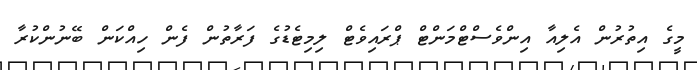
މީގެ އިތުރުން އެލިއާ އިންވެސްޓްމަންޓް ޕްރައިވެޓް ލިމިޓެޑުގެ ފަރާތުން ފެން ހިއްކަން ބޭނުންކުރާ